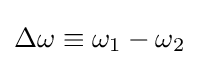
\Delta \omega \equiv \omega _{1}-\omega _{2}